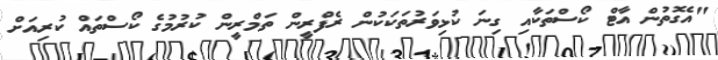
"އެގޮތުން އާޓް ކޯސްތަކާއި ގިނަ ކުޅިވަރުތަކަކުން ރެފްރީން ތަމްރީން ކުރުމުގެ ކޯސްތައް ކުރިއަށް